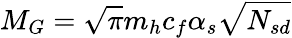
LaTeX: M_{G}=\sqrt{\pi}m_{h}c_{f}\alpha_{s}\sqrt{N_{sd}}